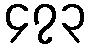
၄၇၃